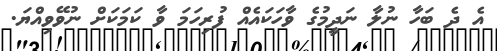
އެ ދެ ބަހާ ނުލާ ނަދީމުގެ ވާހަކައެއް ފުރިހަމަ ވާ ކަމަކަށް ނުވޭވިއްޔަ.